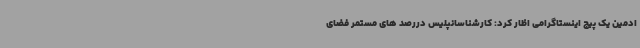
ادمین یک پیج اینستاگرامی اظار کرد: کارشناسانپلیس دررصد های مستمر فضای‌